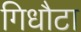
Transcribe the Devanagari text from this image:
गिधौटा